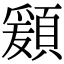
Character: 𩔃